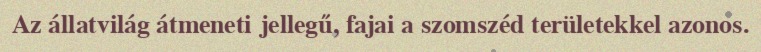
Az állatvilág átmeneti jellegű, fajai a szomszéd területekkel azonos.